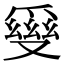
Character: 𤔪